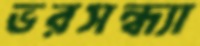
ভরসন্ধ্যা